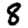
Digit: 8